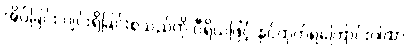
အိပ်ခြင်း ပျင်းရိခြင်းစသည်ကို ဝီရိယဖြင့် နှင်ထုတ်ရကြောင်းဂါထာ